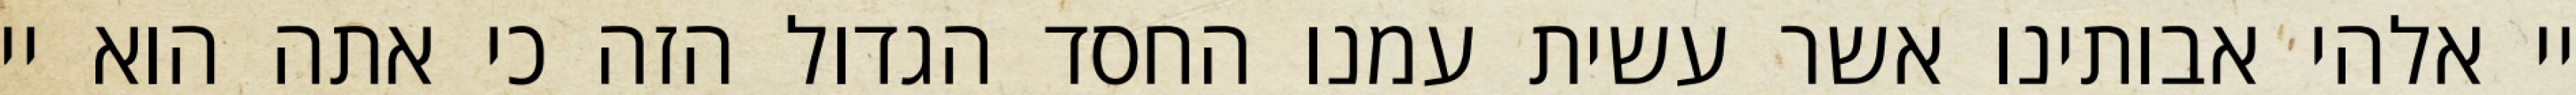
יי אלהי אבותינו אשר עשית עמנו החסד הגדול הזה כי אתה הוא יי